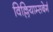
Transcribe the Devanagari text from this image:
विल्लियाम्सबेर्ग